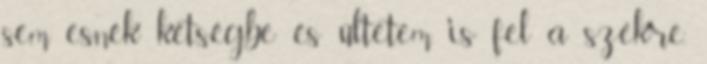
sem esnék kétségbe és ültetem is fel a székre.